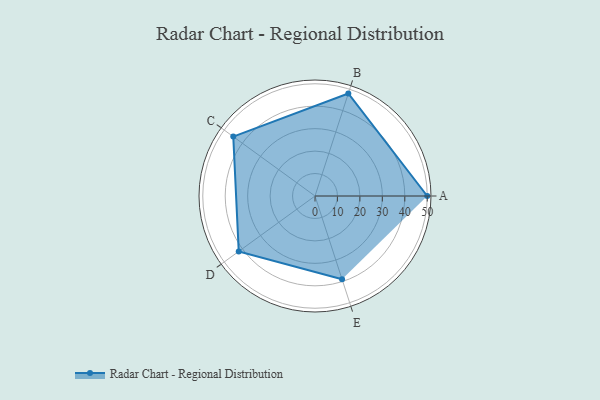
{"axis": {"x": "Skill", "y": "Score"}, "legend": ["Profile"], "data": [{"x": "A", "y": 50.0, "type": "Profile"}, {"x": "B", "y": 48.0, "type": "Profile"}, {"x": "C", "y": 45.0, "type": "Profile"}, {"x": "D", "y": 42.0, "type": "Profile"}, {"x": "E", "y": 39.0, "type": "Profile"}]}